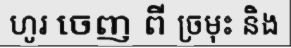
ហូរ ចេញ ពី ច្រមុះ និង